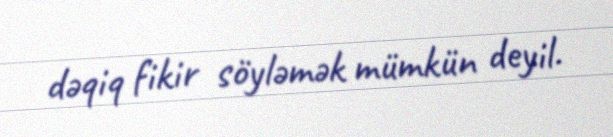
dəqiq fikir söyləmək mümkün deyil.